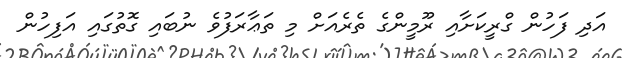
އަދި ފަހުން ގްރީކަށާއި ރޫމީންގެ ތެރެއަށް މި ތަޢާރަފުވެ ނުބައި ގޮތުގައި އަފިހުން